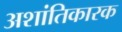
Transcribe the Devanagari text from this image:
अशांतिकारक